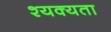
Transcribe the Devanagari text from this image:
श्यक्यता